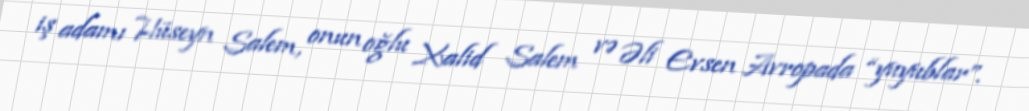
iş adamı Hüseyn Salem, onun oğlu Xalid Salem və Əli Evsen Avropada “yuyublar”.